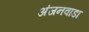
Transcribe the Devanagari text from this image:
अंजनवाडा